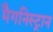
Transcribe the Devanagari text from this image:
मैगनिस्ट्रान